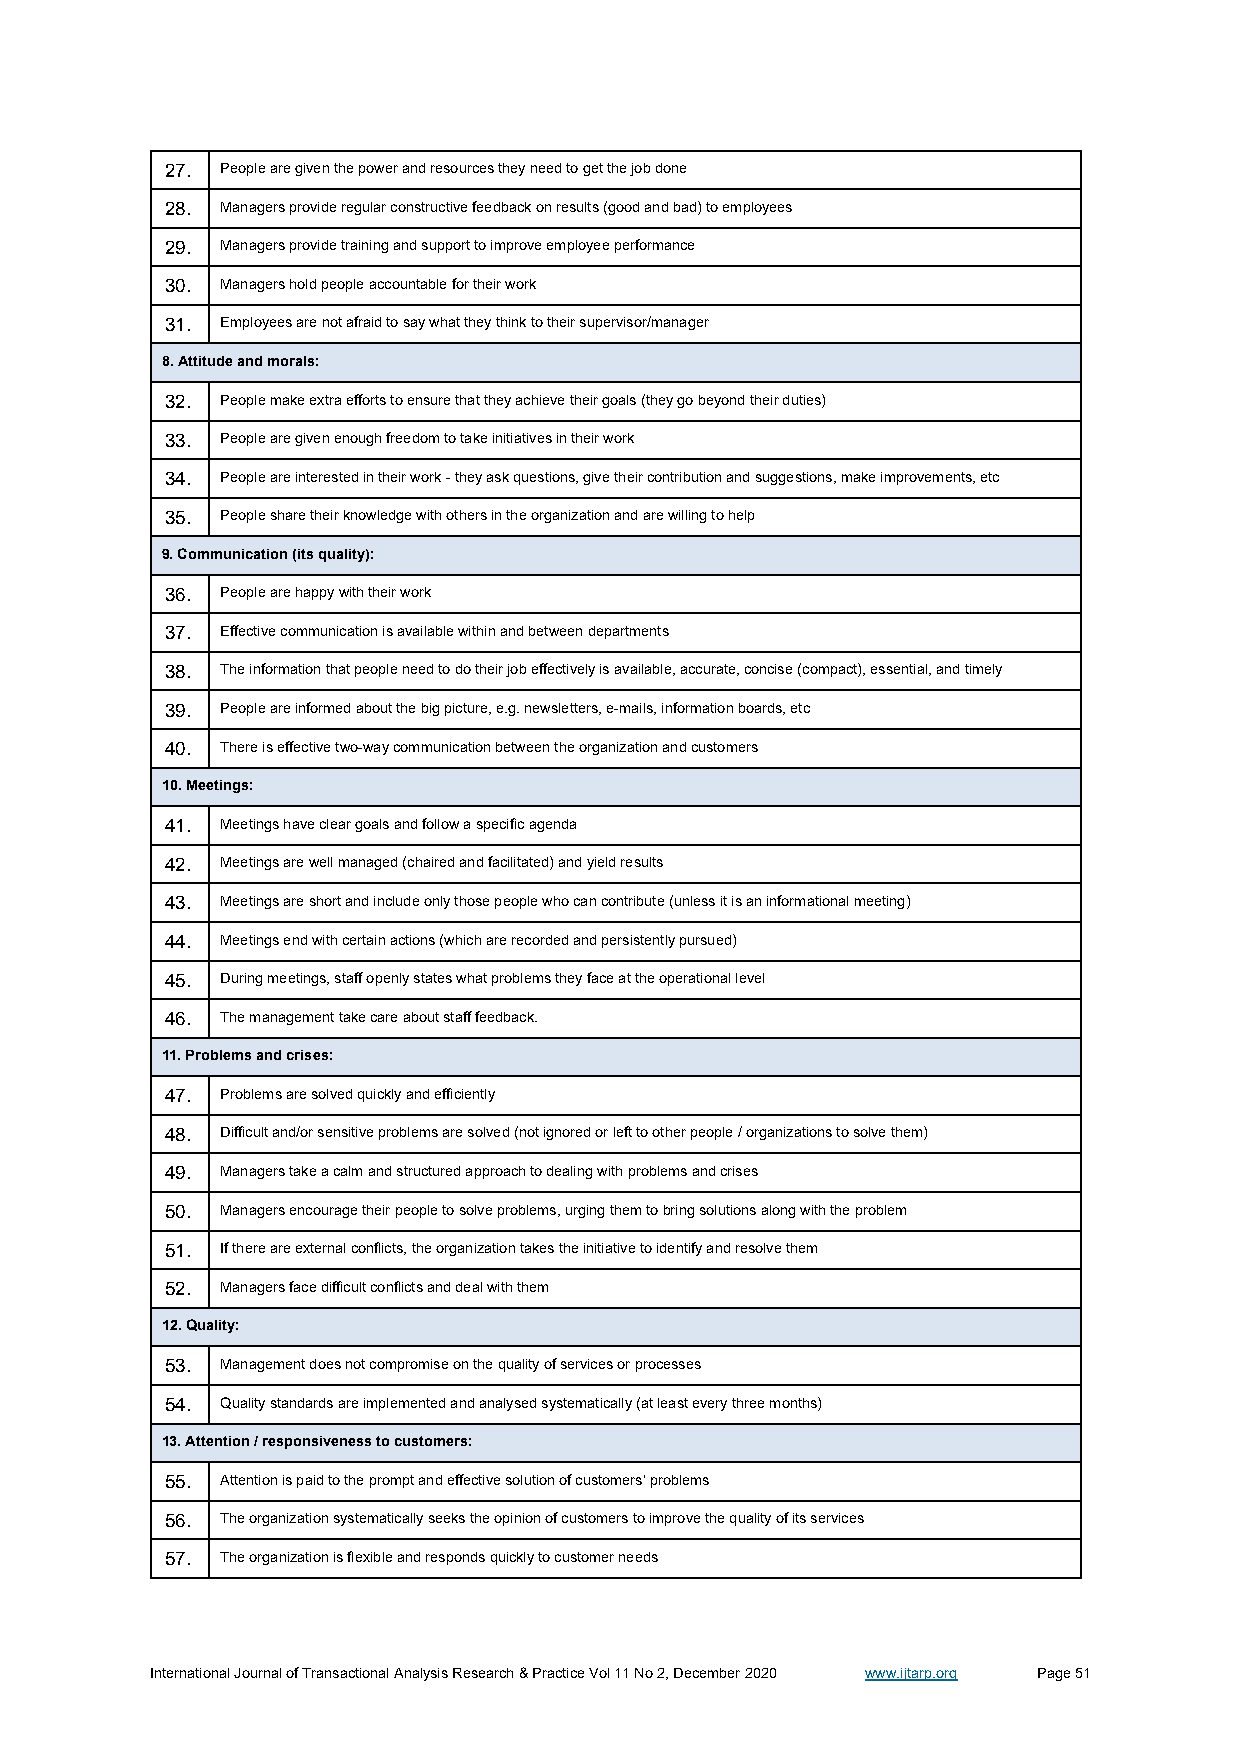
27. Pe ople are given the power and resources they need to get the job done
 28. Ma nagers provide regular constructive feedback on results (good and bad) to employees
 29. Ma nagers provide training and support to improve employee performance
 30. Ma nagers hold people accountable for their work
 31. Em ployees are not afraid to say what they think to their supervisor/manager
 8. Attitude and morals:
 32. Pe ople make extra efforts to ensure that they achieve their goals (they go beyond their duties)
 33. Pe ople are given enough freedom to take initiatives in their work
 34. Pe ople are interested in their work - they ask questions, give their contribution and suggestions, make improvements, etc
 35. Pe ople share their knowledge with others in the organization and are willing to help
 9. Communication (its quality):
 36. Pe ople are happy with their work
 37. Eff ective communication is available within and between departments
 38. Th e information that people need to do their job effectively is available, accurate, concise (compact), essential, and timely
 39. Pe ople are informed about the big picture, e.g. newsletters, e-mails, information boards, etc
 40. Th ere is effective two-way communication between the organization and customers
 10. Meetings:
 41. Me etings have clear goals and follow a specific agenda
 42. Me etings are well managed (chaired and facilitated) and yield results
 43. Me etings are short and include only those people who can contribute (unless it is an informational meeting)
 44. Me etings end with certain actions (which are recorded and persistently pursued)
 45. Du ring meetings, staff openly states what problems they face at the operational level
 46. Th e management take care about staff feedback.
 11. Problems and crises:
 47. Pro blems are solved quickly and efficiently
 48. Dif ficult and/or sensitive problems are solved (not ignored or left to other people / organizations to solve them)
 49. Ma nagers take a calm and structured approach to dealing with problems and crises
 50. Ma nagers encourage their people to solve problems, urging them to bring solutions along with the problem
 51. If th ere are external conflicts, the organization takes the initiative to identify and resolve them
 52. Ma nagers face difficult conflicts and deal with them
 12. Quality:
 53. Ma nagement does not compromise on the quality of services or processes
 54. Qu ality standards are implemented and analysed systematically (at least every three months)
 13. Attention / responsiveness to customers:
 55. Att ention is paid to the prompt and effective solution of customers' problems
 56. Th e organization systematically seeks the opinion of customers to improve the quality of its services
 57. Th e organization is flexible and responds quickly to customer needs
 International Journal of Transactional Analysis Research & Practice Vol 11 No 2, December 2020 www.ijtarp.org Page 51